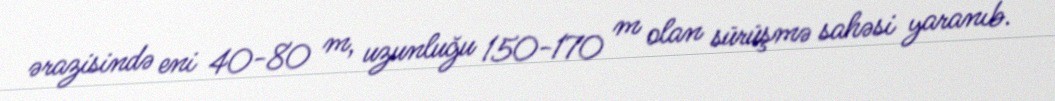
ərazisində eni 40-80 m, uzunluğu 150-170 m olan sürüşmə sahəsi yaranıb.